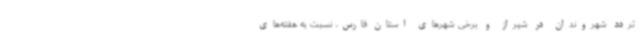
تردد شهروندان در شیراز و برخی شهرهای استان فارس، نسبت به هفته‌های